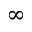
\infty